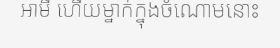
អាមី ហើយម្នាក់ក្នុងចំណោមនោះ